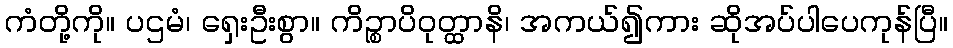
ကံတို့ကို။ ပဌမံ၊ ရှေးဦးစွာ။ ကိဉ္စာပိဝုတ္ထာနိ၊ အကယ်၍ကား ဆိုအပ်ပါပေကုန်ပြီ။